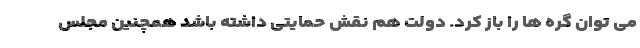
می توان گره ها را باز کرد. دولت هم نقش حمایتی داشته باشد همچنین مجلس